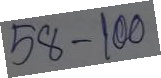
58 - 100